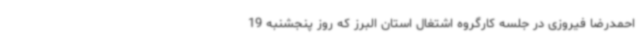
احمدرضا فیروزی در جلسه کارگروه اشتغال استان البرز که روز پنجشنبه 19